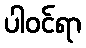
ပါဝင်ရာ